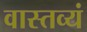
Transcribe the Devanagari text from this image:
वास्तव्यं